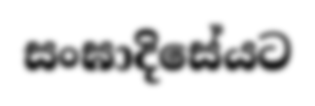
සංඝාදිසේයට